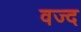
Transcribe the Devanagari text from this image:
वज्द